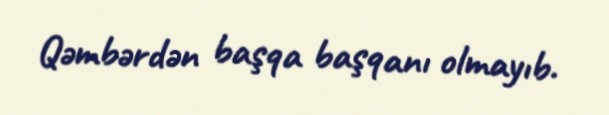
Qəmbərdən başqa başqanı olmayıb.